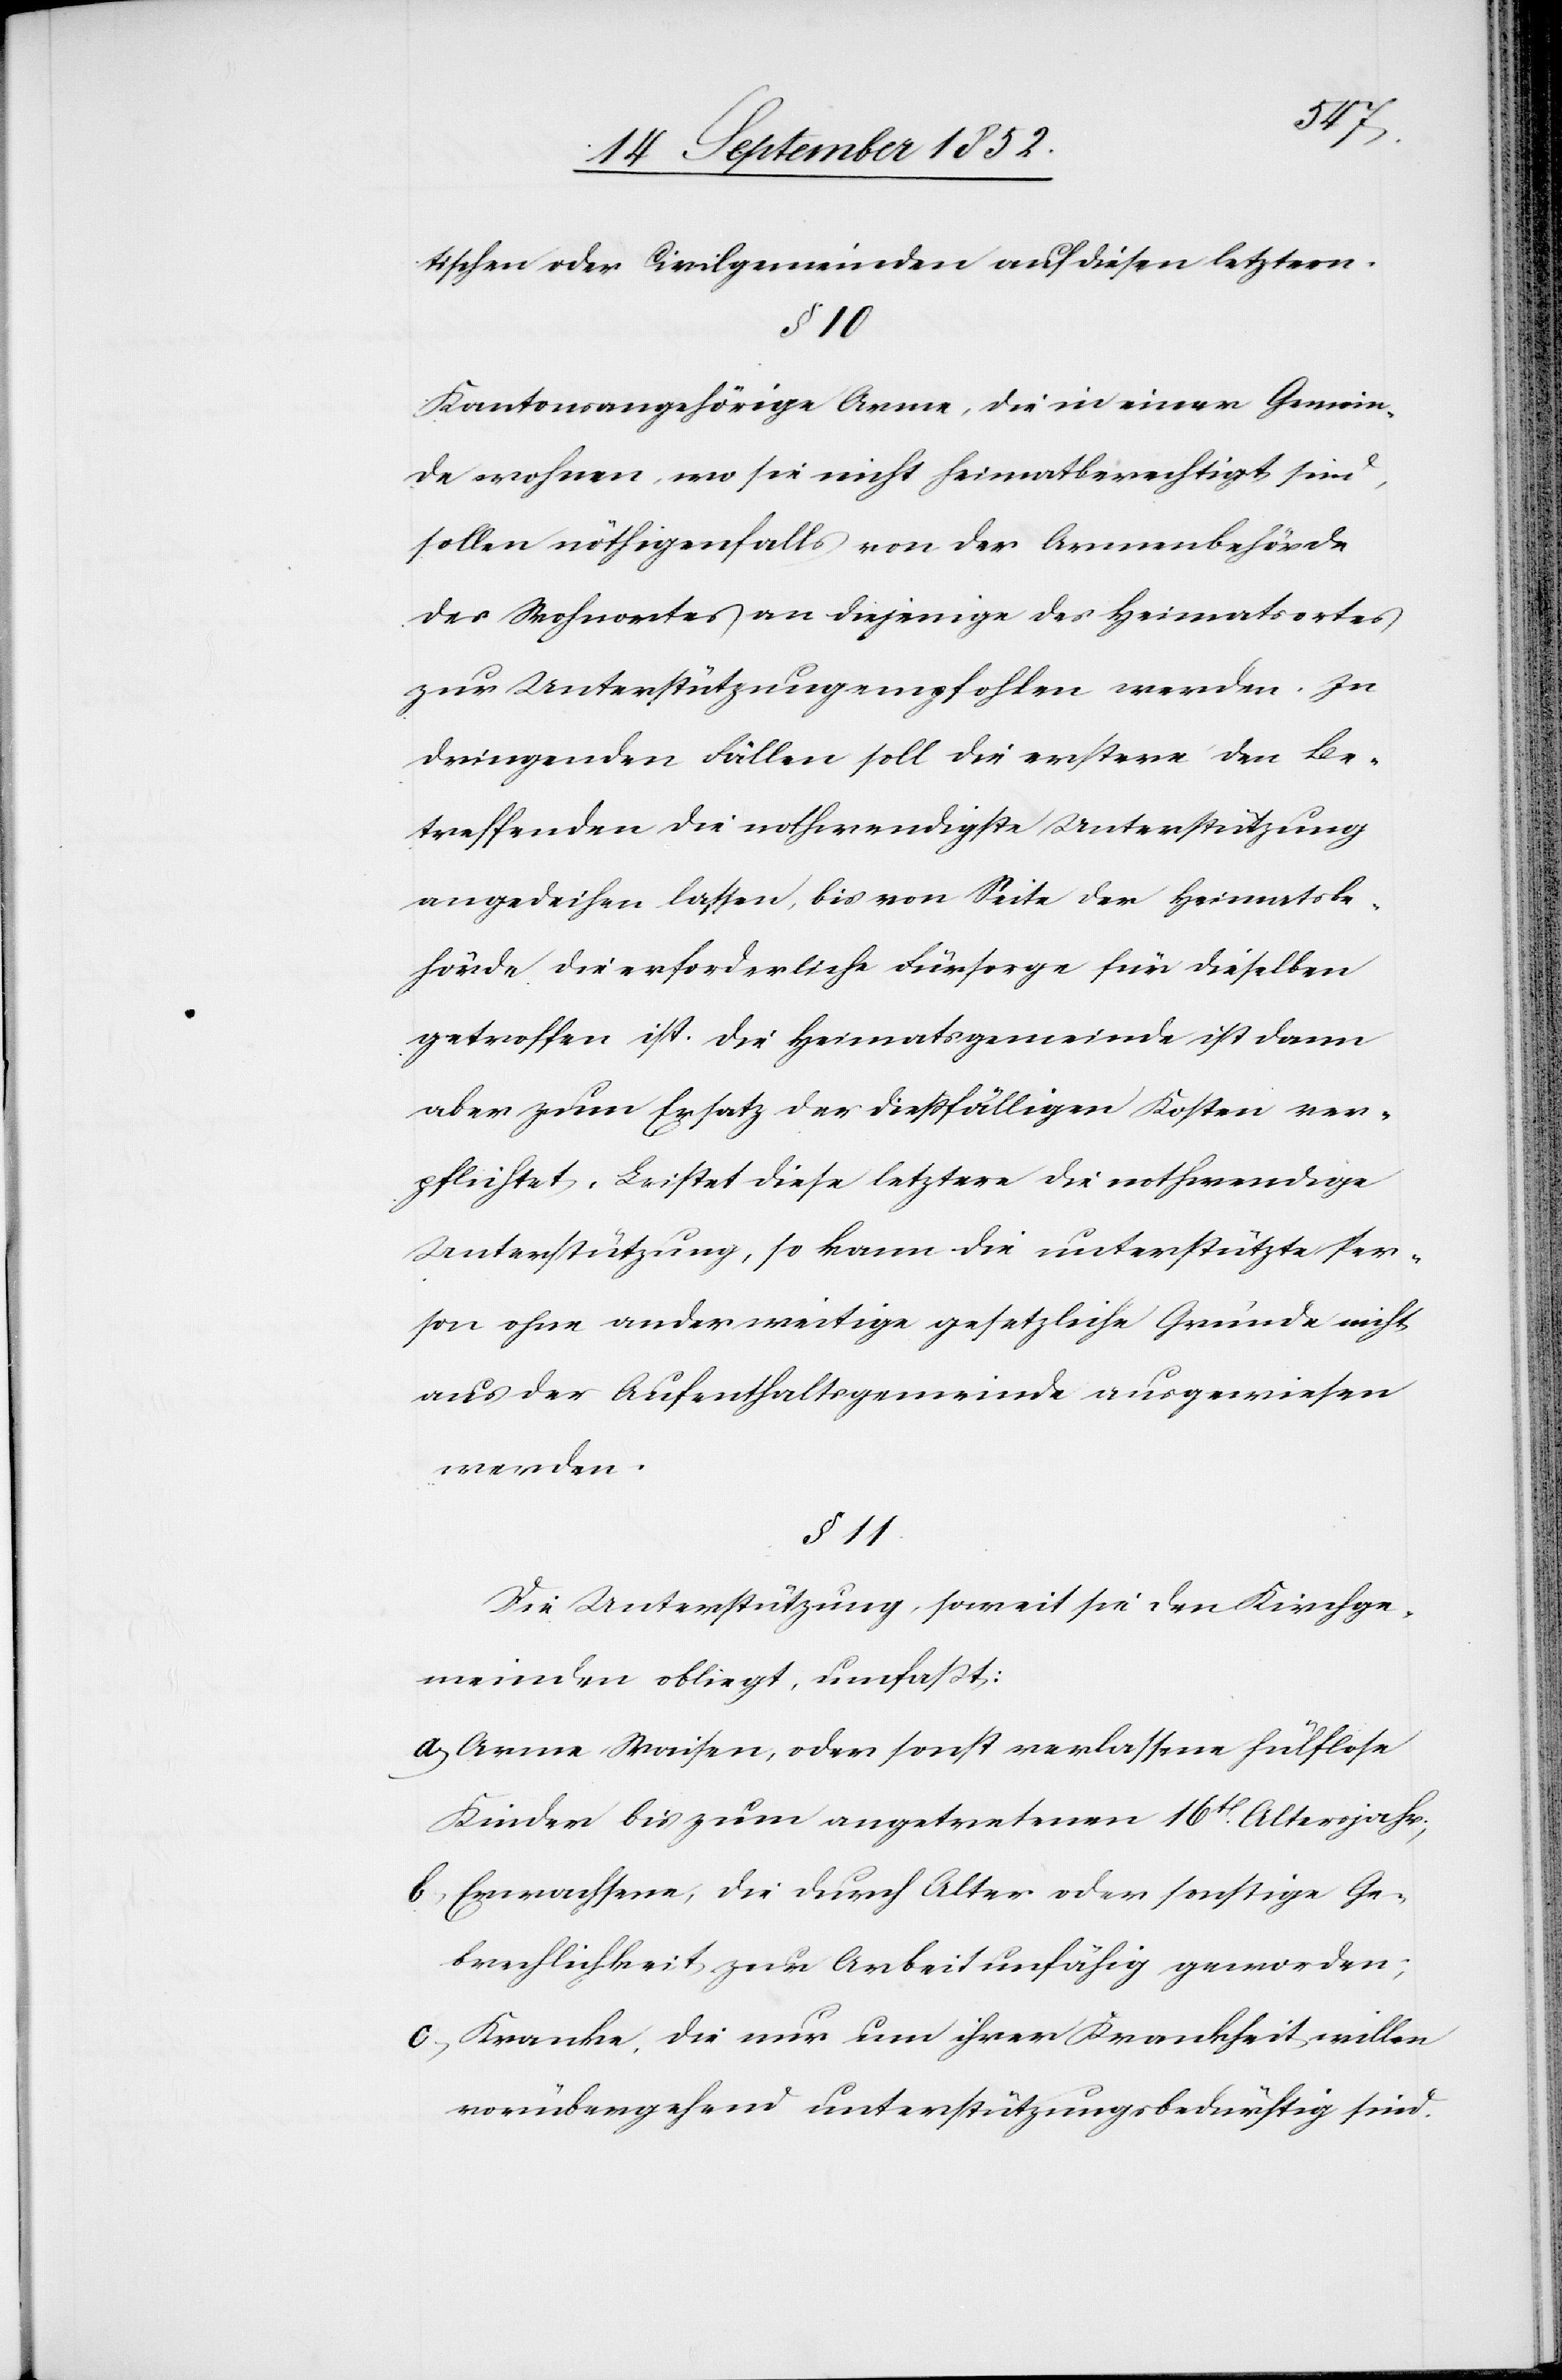
tischen oder Civilgemeinden auf diesen letztern.
§ 10
Kantonsangehörige Arme, die in einer Gemein¬
de wohnen, wo sie nicht heimatberechtigt sind,
sollen nöthigenfalls von der Armenbehörde
des Wohnortes an diejenige des Heimatsortes
zur Unterstützung empfohlen werden. In
dringenden Fällen soll die erstere den Be¬
treffenden die nothwendigste Unterstützung
angedeihen lassen, bis von Seite der Heimatsbe¬
hörde die erforderliche Fürsorge für dieselben
getroffen ist. Die Heimatsgemeinde ist dann
aber zum Ersatz der diessfälligen Kosten ver¬
pflichtet. Leistet diese letztere die nothwendige
Unterstützung, so kann die unterstützte Per¬
son ohne anderweitige gesetzliche Gründe nicht
aus der Aufenthaltsgemeinde ausgewiesen
werden.
§ 11.
Die Unterstützung, soweit sie den Kirchge¬
meinden obliegt, umfaßt:
Arme Waisen, oder sonst verlassene hülflose
Kinder bis zum angetretenen 16t[en]. Altersjahr;
Erwachsene, die durch Alter oder sonstige Ge¬
brechlichkeit zur Arbeit unfähig geworden;
Kranke, die nur um ihrer Krankheit willen
vorübergehend unterstützungsbedürftig sind.